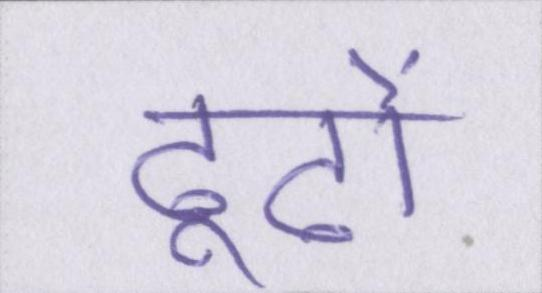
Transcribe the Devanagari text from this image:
ढूढों